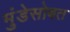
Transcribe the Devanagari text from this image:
मुंडेसोबत